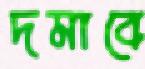
দমাবে